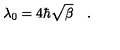
\lambda _ { 0 } = 4 \hbar \sqrt { \beta } \quad .